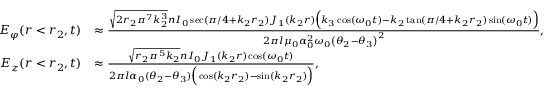
\begin{array} { r l } { E _ { \varphi } ( r < r _ { 2 } , t ) } & { \approx \frac { \sqrt { 2 r _ { 2 } \pi ^ { 7 } k _ { 2 } ^ { 3 } } n I _ { 0 } \sec ( \pi / 4 + k _ { 2 } r _ { 2 } ) J _ { 1 } ( k _ { 2 } r ) \Big ( k _ { 3 } \cos ( \omega _ { 0 } t ) - k _ { 2 } \tan ( \pi / 4 + k _ { 2 } r _ { 2 } ) \sin ( \omega _ { 0 } t ) \Big ) } { 2 \pi l \mu _ { 0 } \alpha _ { 0 } ^ { 2 } \omega _ { 0 } \left( \theta _ { 2 } - \theta _ { 3 } \right) ^ { 2 } } , } \\ { E _ { z } ( r < r _ { 2 } , t ) } & { \approx \frac { \sqrt { r _ { 2 } \pi ^ { 5 } k _ { 2 } } n I _ { 0 } J _ { 1 } ( k _ { 2 } r ) \cos ( \omega _ { 0 } t ) } { 2 \pi l \alpha _ { 0 } ( \theta _ { 2 } - \theta _ { 3 } ) \Big ( \cos ( k _ { 2 } r _ { 2 } ) - \sin ( k _ { 2 } r _ { 2 } ) \Big ) } , } \end{array}